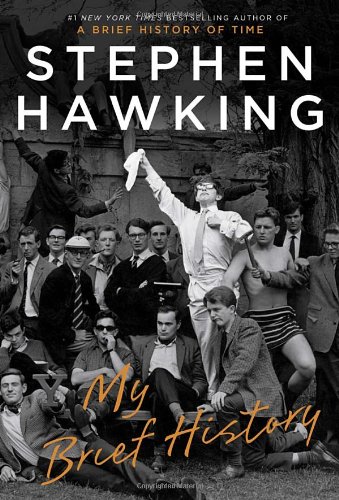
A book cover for My Brief History (Deckle Edge); Stephen Hawking; Science & Math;